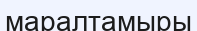
маралтамыры